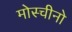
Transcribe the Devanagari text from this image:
मोस्चीनो